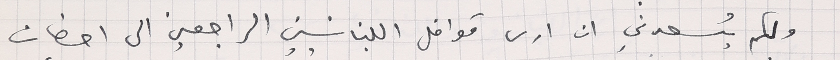
ولكم يُسعدني ان ارى قوافل اللبنانيين الراجعين الى احضان